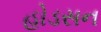
હોડસન